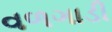
વળગાડી